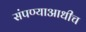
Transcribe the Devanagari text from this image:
संपण्याआधीच